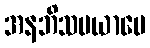
အနဘိသမယာပေ